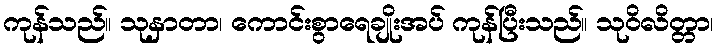
ကုန်သည်။ သုနှာတာ၊ ကောင်းစွာရေချိုးအပ် ကုန်ပြီးသည်။ သုဝိလိတ္တာ၊